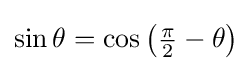
\sin \theta =\cos \left({\tfrac {\pi }{2}}-\theta \right)